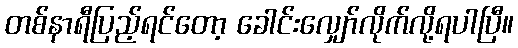
တစ်နာရီပြည့်ရင်တော့ ခေါင်းလျှော်လိုက်လို့ရပါပြီ။